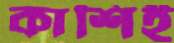
কাশিই